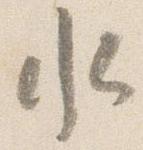
水